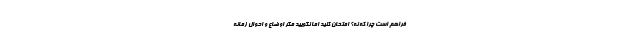
فراهم است چرا که نه؟ امتحان کنید اما نگویید مگر اوضاع و احوال زمانه